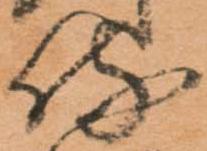
侍